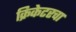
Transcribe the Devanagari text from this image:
क्रिकेटरचा